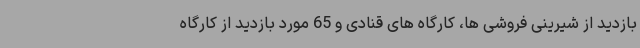
بازدید از شیرینی فروشی ها، کارگاه های قنادی و 65 مورد بازدید از کارگاه